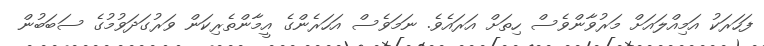
ފަހަރަކު އަމިއްލައަށް މަރުވާންވެސް ހިތަށް އަރައެވެ. ނަމަވެސް އަހަރެންގެ އީމާންތެރިކަން ވަރުގަދަވުމުގެ ސަބަބުން